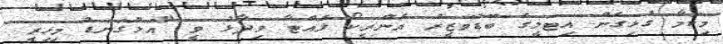
މިކަމާ ގުޅިގެން އިޓަލީގެ ބޮޑުވަޒީރު އެންރީކޯ ލެއްޓާ ވިދާޅު ވީ "އަޅުގަނޑު މިހިރީ